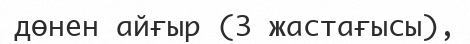
дөнен айғыр (3 жастағысы),